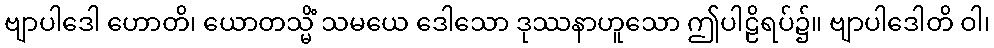
ဗျာပါဒေါ ဟောတိ၊ ယောတသ္မိံ သမယေ ဒေါသော ဒုဿနာဟူသော ဤပါဠိရပ်၌။ ဗျာပါဒေါတိ ဝါ၊